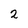
Character: 2